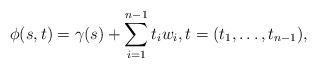
LaTeX: \begin{align*}\phi(s,t)=\gamma(s)+\sum_{i=1}^{n-1} t_iw_i,t=(t_1,\ldots,t_{n-1}),\end{align*}